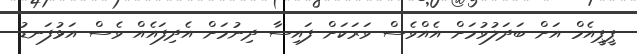
ޕީޕީއެމް އަށް ބަދަލުވުމަށް އެއްވެސް ވަރަކަށް ފައިސާ ދިނުމަށް އެދިފައެއް ވެސް އަޅުފަނޑު